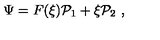
\Psi = F ( \xi ) { \cal P } _ { 1 } + \xi { \cal P } _ { 2 } \ ,